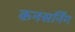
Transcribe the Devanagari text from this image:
कनसर्निंग